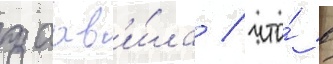
заав'и́ла / что́ в